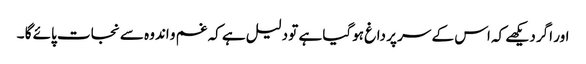
اور اگر دیکھے کہ اس کے سر پر داغ ہوگیا ہے تو دلیل ہے کہ غم و اندوہ سے نجات پائے گا ۔